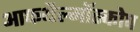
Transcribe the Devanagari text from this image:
आफथैल्मॉस्कोप